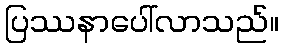
ပြဿနာပေါ်လာသည်။